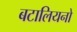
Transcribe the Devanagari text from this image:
बटालियनो